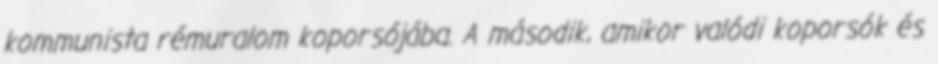
kommunista rémuralom koporsójába. A második, amikor valódi koporsók és